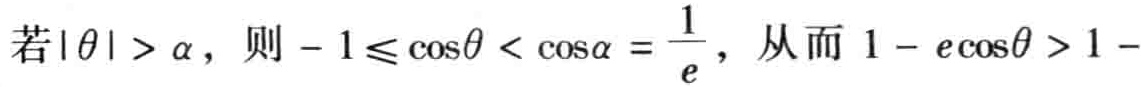
若\(|\theta|>\alpha\)，则\(-1\leqslant\cos\theta<\cos\alpha = \frac{1}{e}\)，从而\(1 - e\cos\theta>1 -\)